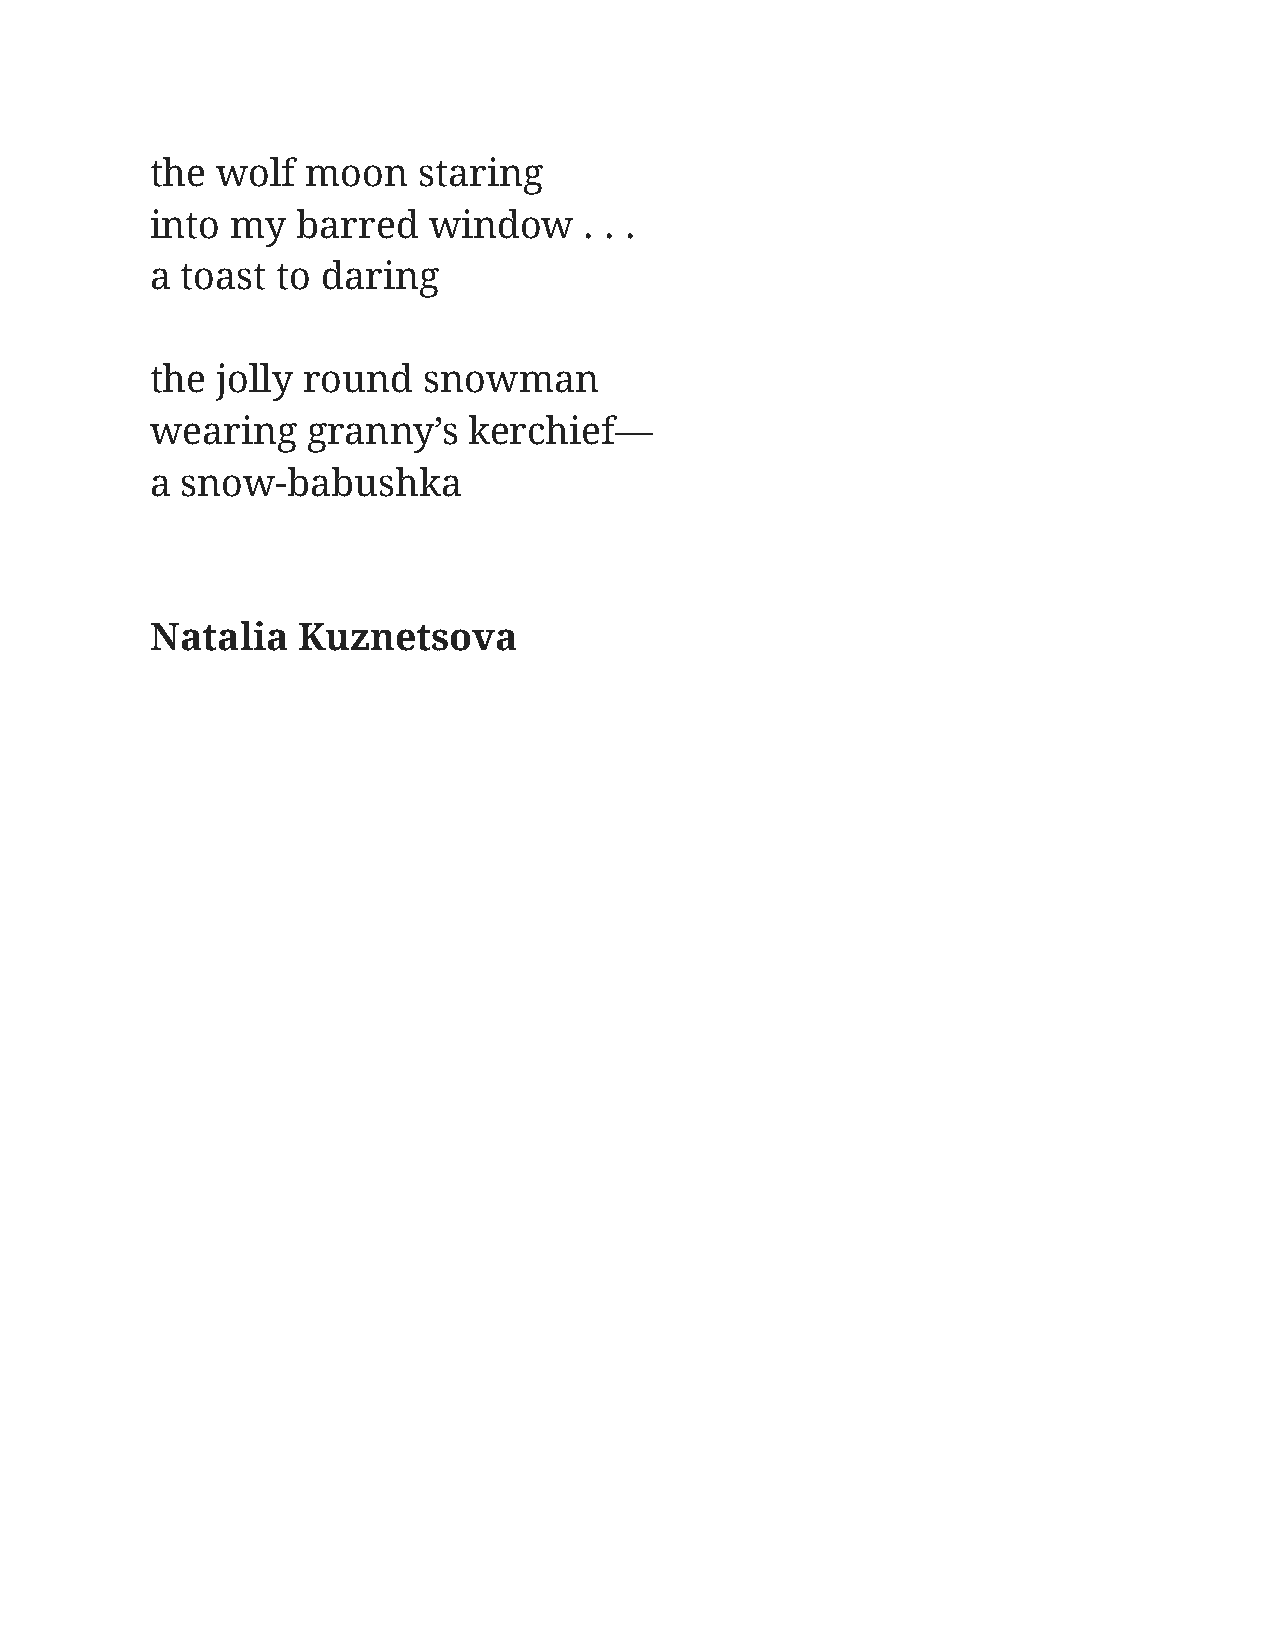
the wolf  moon    staring
 into my   barred  window     . . .
 a toast to daring
 the jolly round   snowman
 wearing   granny’s   kerchief—
 a snow-babushka
 Natalia   Kuznetsova